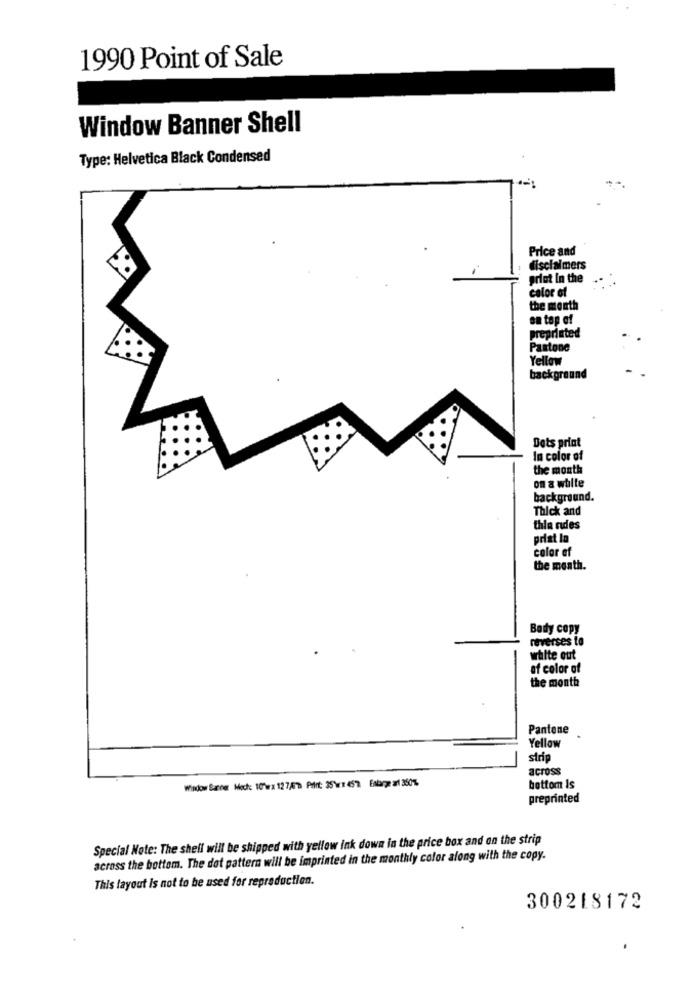
1990 Point of Sale
Window Banner Shell
Type: Helvetica Black Condensed
Price and
disclaimers
griot In the
calor of
the month
on top of
preprinted
Pantone
Yellow
background
Dets priat
In color of
the month
on a white
background.
Thick and
thia rides
prat lo
color ef
the month.
Body copy
reverses to
white out
of color of
the month
Pantone
Yellow
strip
across
Window Banner Moch: 10"wx 12 7/577 Pilrt: 35'wx 457 Eabarge ar1 3501.
bottom Is
preprinted
Special Note: The shell will be shipped with yellow ink down in the price box and on the strip
across the bottom. The dot pattern will be imprinted in the monthly color along with the copy.
This layout is not to be used for reproduction.
300218172